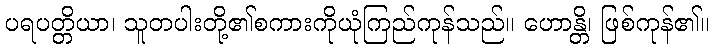
ပရပတ္တိယာ၊ သူတပါးတို့၏စကားကိုယုံကြည်ကုန်သည်။ ဟောန္တိ၊ ဖြစ်ကုန်၏။